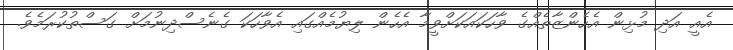
އެއީ އަދި މުޅިން އެހެންޒާތެއްގެ ވާހަކައަކަށްވީމާ އެހެން ލިޔުމެއްގައި އެވާހަކަ ގެނެސްދިނުމަށް ގަސްތުކުރަމެވެ.